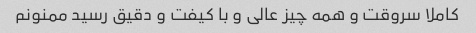
کاملا سروقت و همه چیز عالی و با کیفت و دقیق رسید ممنونم